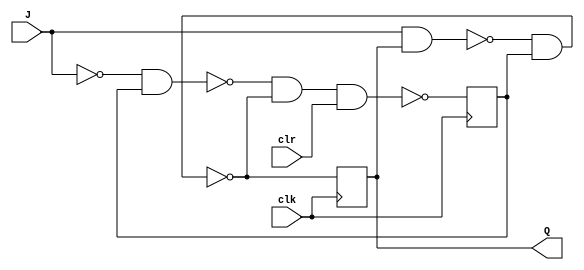
module flipflop
(
	clr,
	J,
	clk,
	Q
);
	input clr, clk;
	input J;
	output Q;
	
	reg r_nand1, r_nand2, r_nand3, r_nand4;

	always @(posedge clk) begin
		r_nand1 = ~(J & r_nand3);
		r_nand2 = ~(~J & r_nand4);
		r_nand3 = ~(r_nand1 & r_nand4);
		r_nand4 = ~(r_nand2 & r_nand3 & clr);
	end
	
	assign Q = r_nand3;
	
endmodule